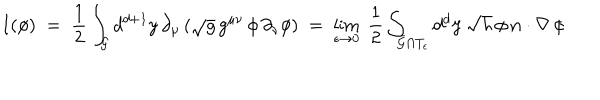
LaTeX: I ( \phi ) \; = \; \frac { 1 } { 2 } \int _ { \cal G } d ^ { d + 1 } y \, \partial _ { \mu } \, ( \sqrt { g } \, g ^ { \mu \nu } \, \phi \, \partial _ { \nu } \phi ) \; = \; \lim _ { \epsilon \rightarrow 0 } \; \frac { 1 } { 2 } \int _ { \bar { \cal G } \cap T _ { \epsilon } } d ^ { d } { \bf y } \, \sqrt { h } \, \phi \, { \bf n } \cdot \nabla \, \phi